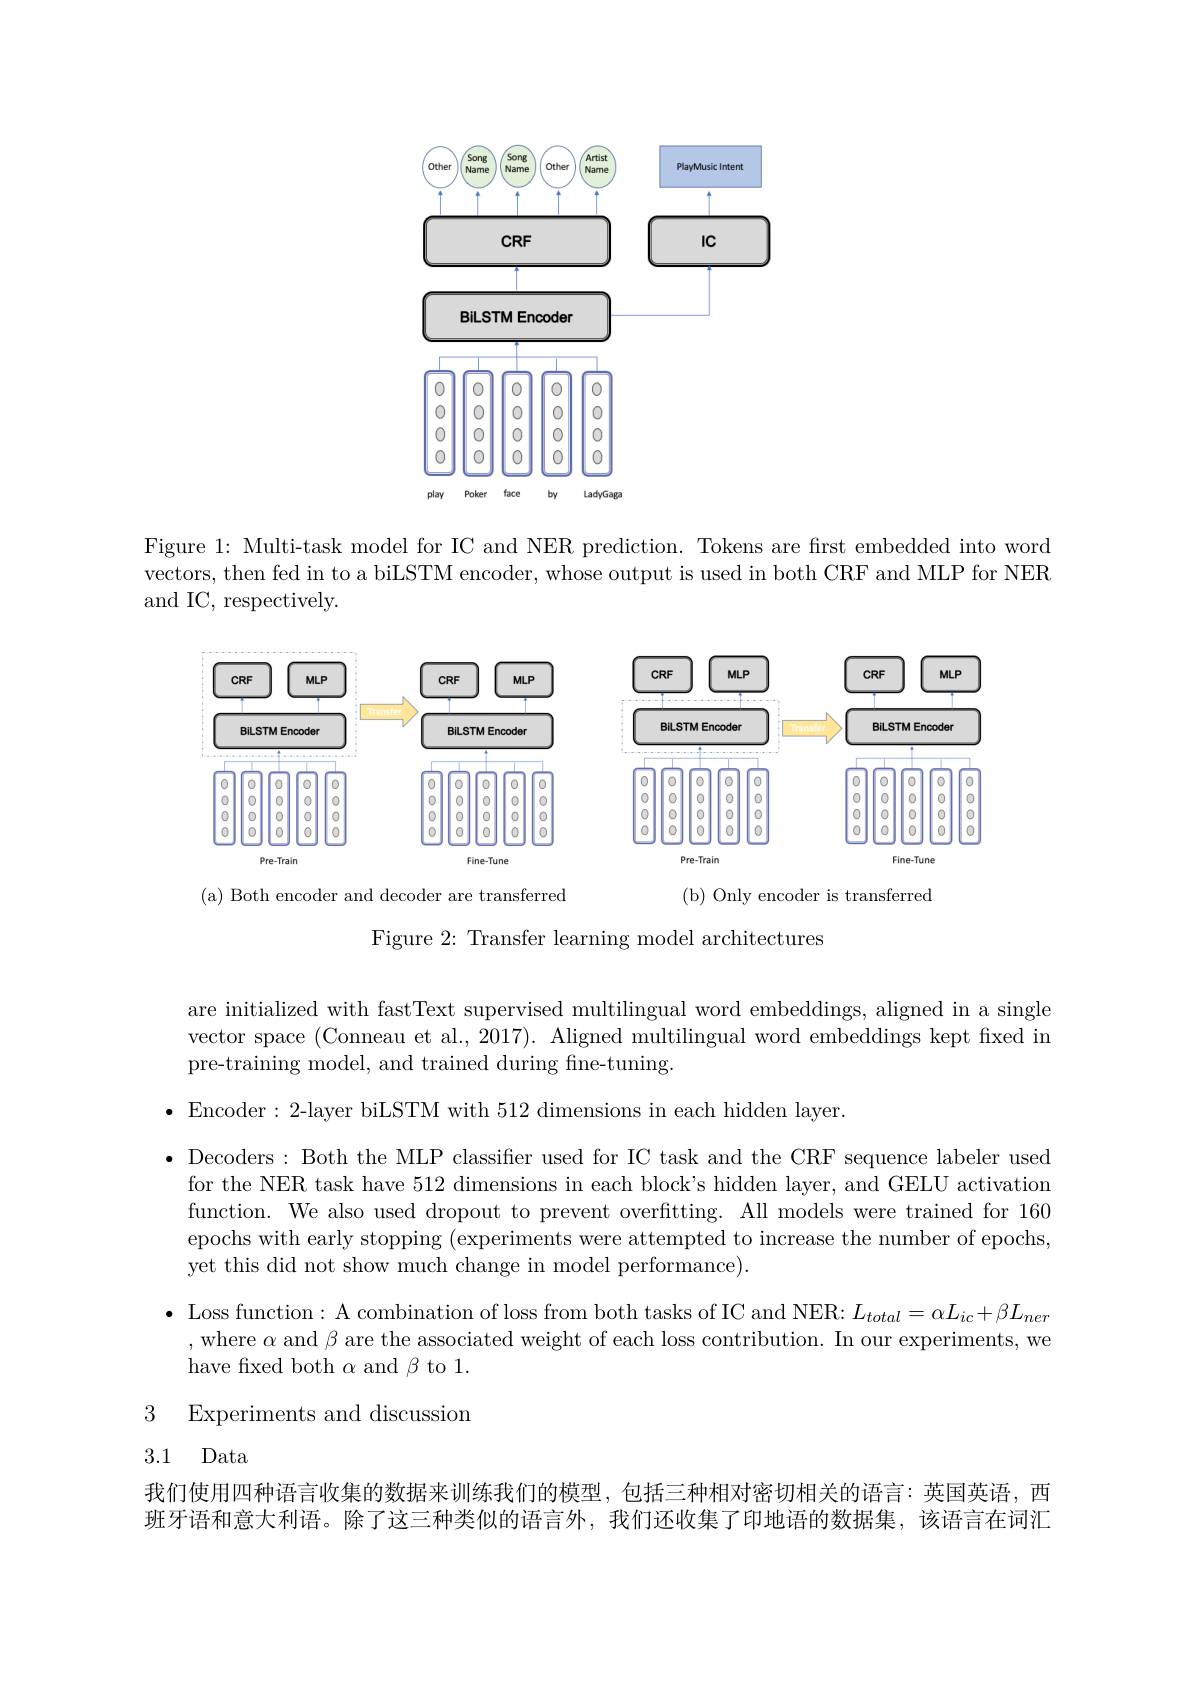
<FigureHere>

Figure 1: Multi-task model for IC and NER prediction. Tokens are first embedded into word vectors, then fed in to a biLSTM encoder, whose output is used in both CRF and MLP for NER and IC, respectively.

<FigureHere>
(b) Only encoder is transferred

(a) Both encoder and decoder are transferred
Figure 2: Transfer learning model architectures

are initialized with fastText supervised multilingual word embeddings, aligned in a single vector space (Conneau et al., 2017). Aligned multilingual word embeddings kept fixed in pre-training model, and trained during fne-tuning.

$\bullet$ Encoder:2-layer biLSTM with 512 dimensions in each hidden layer.

· Decoders: Both the MLP classifier used for IC task and the CRF sequence labeler used
for the NER task have 512 dimensions in each block's hidden layer, and GELU activation function. We also used dropout to prevent overfitting. All models were trained for 160 epochs with early stopping (experiments were attempted to increase the number of epochs, yet this did not show much change in model performance).

$\bullet$ Loss function: A combination of loss from both tasks of IC and NER: $L_total=\alpha L_{ic}+\beta L_{ner}$
,where $\alpha$ and $\beta$ are the associated weight of each loss contribution. In our experiments, we
have fixed both $\alpha$ and $\beta$ to 1.

3 Experiments and discussion

3.1 Data

我们使用四种语言收集的数据来训练我们的模型，包括三种相对密切相关的语言：英国英语，西班牙语和意大利语。除了这三种类似的语言外，我们还收集了印地语的数据集，该语言在词汇